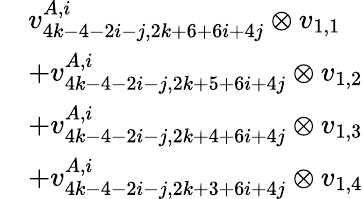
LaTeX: \begin{array}{rl}&{v_{4k-4-2i-j,2k+6+6i+4j}^{A,i}\otimes v_{1,1}}\\ &{+v_{4k-4-2i-j,2k+5+6i+4j}^{A,i}\otimes v_{1,2}}\\ &{+v_{4k-4-2i-j,2k+4+6i+4j}^{A,i}\otimes v_{1,3}}\\ &{+v_{4k-4-2i-j,2k+3+6i+4j}^{A,i}\otimes v_{1,4}}\end{array}